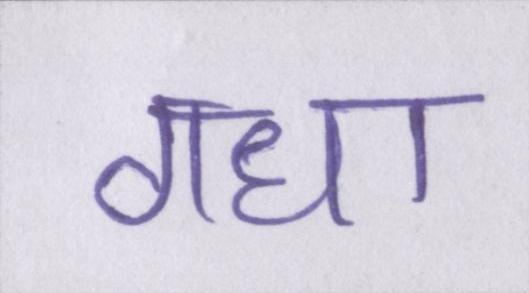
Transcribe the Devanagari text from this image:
गधा